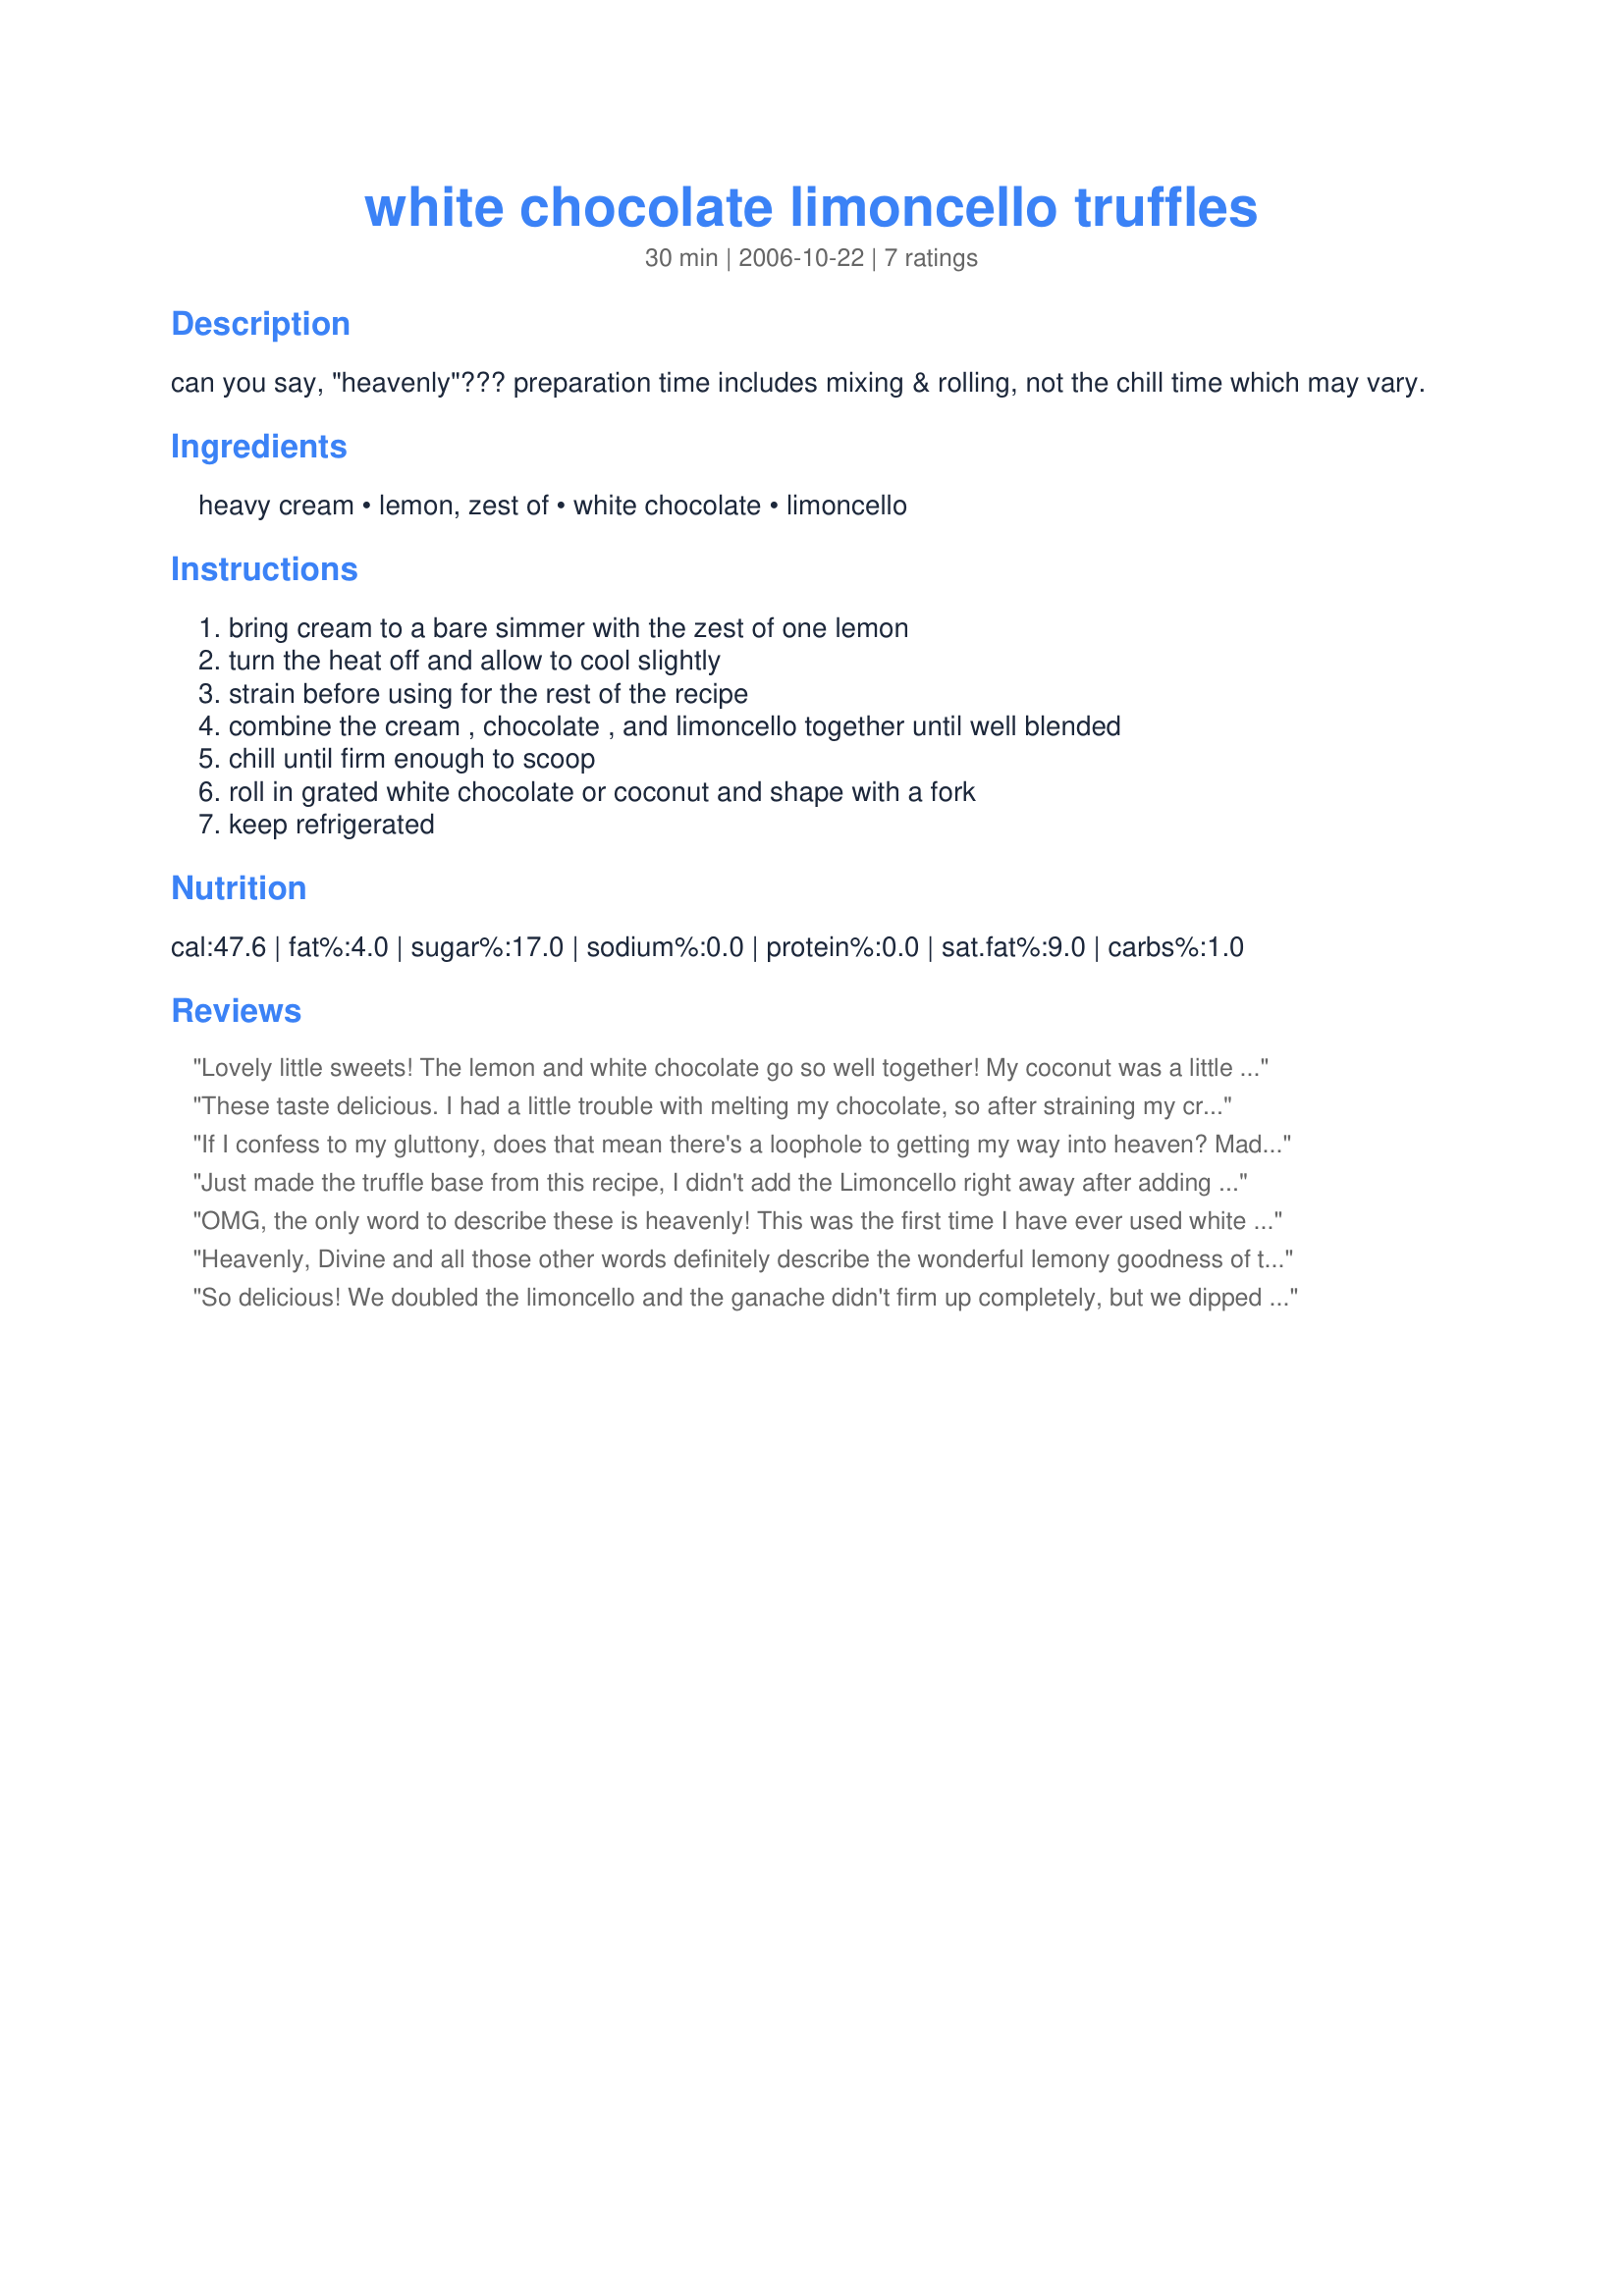
white chocolate limoncello truffles
Preparation time: 30 minutes

can you say, "heavenly"??? preparation time includes mixing & rolling, not the chill time which may vary.

Ingredients:
heavy cream, lemon, zest of, white chocolate, limoncello

Steps:
bring cream to a bare simmer with the zest of one lemon, turn the heat off and allow to cool slightly, strain before using for the rest of the recipe, combine the cream , chocolate , and limoncello together until well blended, chill until firm enough to scoop, roll in grated white chocolate or coconut and shape with a fork, keep refrigerated

Reviews:
Lovely little sweets! The lemon and white chocolate go so well together! My coconut was a little bit dry, so I moistened it with a bit more limoncello before rolling the truffles in it -- nice little extra hit of lemon flavor. Yum! Thanks for posting, teamie! ;) Made for the Emerald City Shakers for ZWT7
These taste delicious. I had a little trouble with melting my chocolate, so after straining my cream into the chocolate, I put it back on the stove-top to melt it. After adding the limoncello I felt that the lemon flavor was still a little mild, so I added another tablespoon. I rolled some of my truffles a little big because I got about 20 truffles total. I rolled most of the truffles in coconut, but I also rolled a few in chopped white chocolate, I think I like the chopped chocolate version the best. Thanks for posting!
If I confess to my gluttony, does that mean there's a loophole to getting my way into heaven? Made for #40 A-NZ Recipe Swap.
Just made the truffle base from this recipe, I didn't add the Limoncello right away after adding the cream and I think it is important that one should add the cream and the Limoncello at the same time; it assists in thinning out the chocolate to get it to the proper consistency. I tasted it and it seemed a bit flat so I added about 1/4 t of salt (I doubled the recipe). It brought it to the flavor I was looking for. I always add a little salt to desserts :) I can already tell these will be delicious for Thanksgiving. I am planning on rolling them in both grated white chocolate and coconut.
OMG, the only word to describe these is heavenly! This was the first time I have ever used white chocolate to make truffles and I couldn't have been happier with the results. These were also the easiest truffles to roll. I rolled mine in coconut.
Heavenly, Divine and all those other words definitely describe the wonderful lemony goodness of this truffle. Just a hint of lemon...not overpowering. I rolled it in white chocolate and I am sorry the picture was not better. White is hard to take.
So delicious! We doubled the limoncello and the ganache didn't firm up completely, but we dipped them in melted white chocolate and the chocolate shell kept them sealed up. When you bit into them it was a limoncello explosion since the ganache was soft... Amazing!
